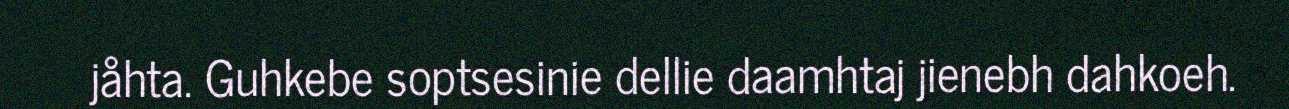
jåhta. Guhkebe soptsesinie dellie daamhtaj jienebh dahkoeh.